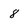
Character: 8